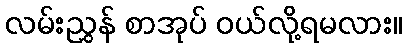
လမ်းညွှန် စာအုပ် ဝယ်လို့ရမလား။